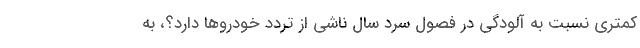
کمتری نسبت به آلودگی در فصول سرد سال ناشی از تردد خودروها دارد؟، به